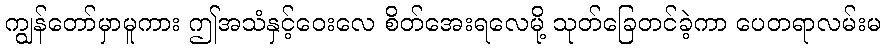
ကျွန်တော်မှာမူကား ဤအသံနှင့်ဝေးလေ စိတ်အေးရလေမို့ သုတ်ခြေတင်ခဲ့ကာ ပေတရာလမ်းမ